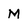
Character: M